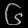
Digit: ၆